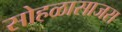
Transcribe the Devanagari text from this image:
सोहळासाजरा